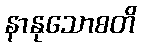
နာနုသောစတိ